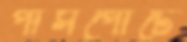
পাসপোর্টে